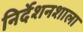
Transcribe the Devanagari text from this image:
निर्देशनशाला